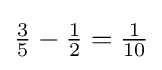
{\tfrac {3}{5}}-{\tfrac {1}{2}}={\tfrac {1}{10}}